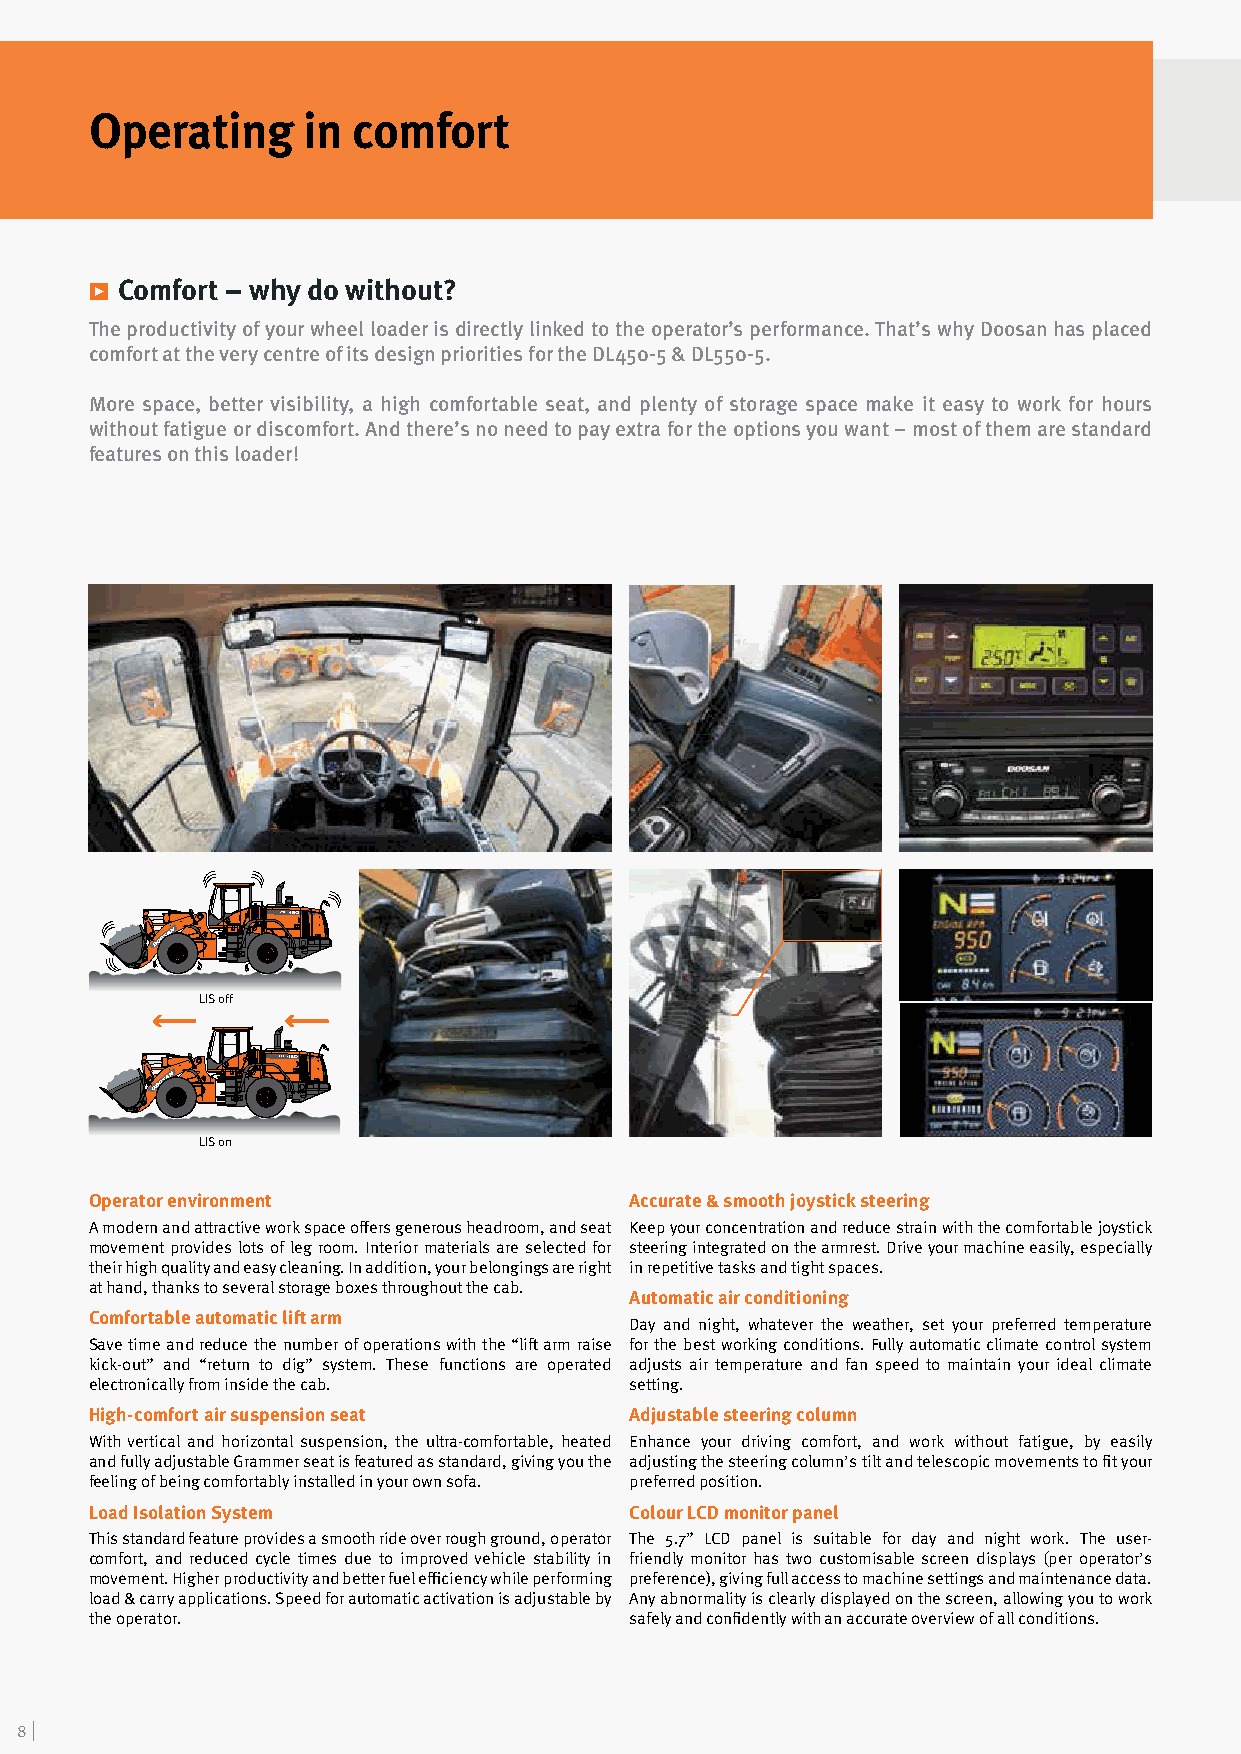
Operating     in comfort
 ѓ Comfort – why do without?
 The productivity of your wheel loader is directly linked to the operator’s performance. That’s why Doosan has placed
 comfort at the very centre of its design priorities for the DL450-5 & DL550-5.
 More space, better visibility, a high comfortable seat, and plenty of storage space make it easy to work for hours
 without fatigue or discomfort. And there’s no need to pay extra for the options you want – most of them are standard
 features on this loader!
 LIS off
 LIS on
 Operator environment                Accurate & smooth joystick steering
 A modern and attractive work space offers generous headroom, and seat Keep your concentration and reduce strain with the comfortable joystick
 movement provides lots of leg room. Interior materials are selected for steering integrated on the armrest. Drive your machine easily, especially
 their high quality and easy cleaning. In addition, your belongings are right in repetitive tasks and tight spaces.
 at hand, thanks to several storage boxes throughout the cab.
 Automatic air conditioning
 Comfortable automatic lift arm
 Day and night, whatever the weather, set your preferred temperature
 Save time and reduce the number of operations with the “lift arm raise for the best working conditions. Fully automatic climate control system
 kick-out” and “return to dig” system. These functions are operated adjusts air temperature and fan speed to maintain your ideal climate
 electronically from inside the cab. setting.
 High-comfort air suspension seat    Adjustable steering column
 With vertical and horizontal suspension, the ultra-comfortable, heated Enhance your driving comfort, and work without fatigue, by easily
 and fully adjustable Grammer seat is featured as standard, giving you the adjusting the steering column’s tilt and telescopic movements to fit your
 feeling of being comfortably installed in your own sofa. preferred position.
 Load Isolation System               Colour LCD monitor panel
 This standard feature provides a smooth ride over rough ground, operator The 5.7” LCD panel is suitable for day and night work. The user-
 comfort, and reduced cycle times due to improved vehicle stability in friendly monitor has two customisable screen displays (per operator’s
 movement. Higher productivity and better fuel efficiency while performing preference), giving full access to machine settings and maintenance data.
 load & carry applications. Speed for automatic activation is adjustable by Any abnormality is clearly displayed on the screen, allowing you to work
 the operator.                       safely and confidently with an accurate overview of all conditions.
 8 |